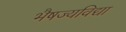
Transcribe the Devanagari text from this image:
भैषज्यविद्या